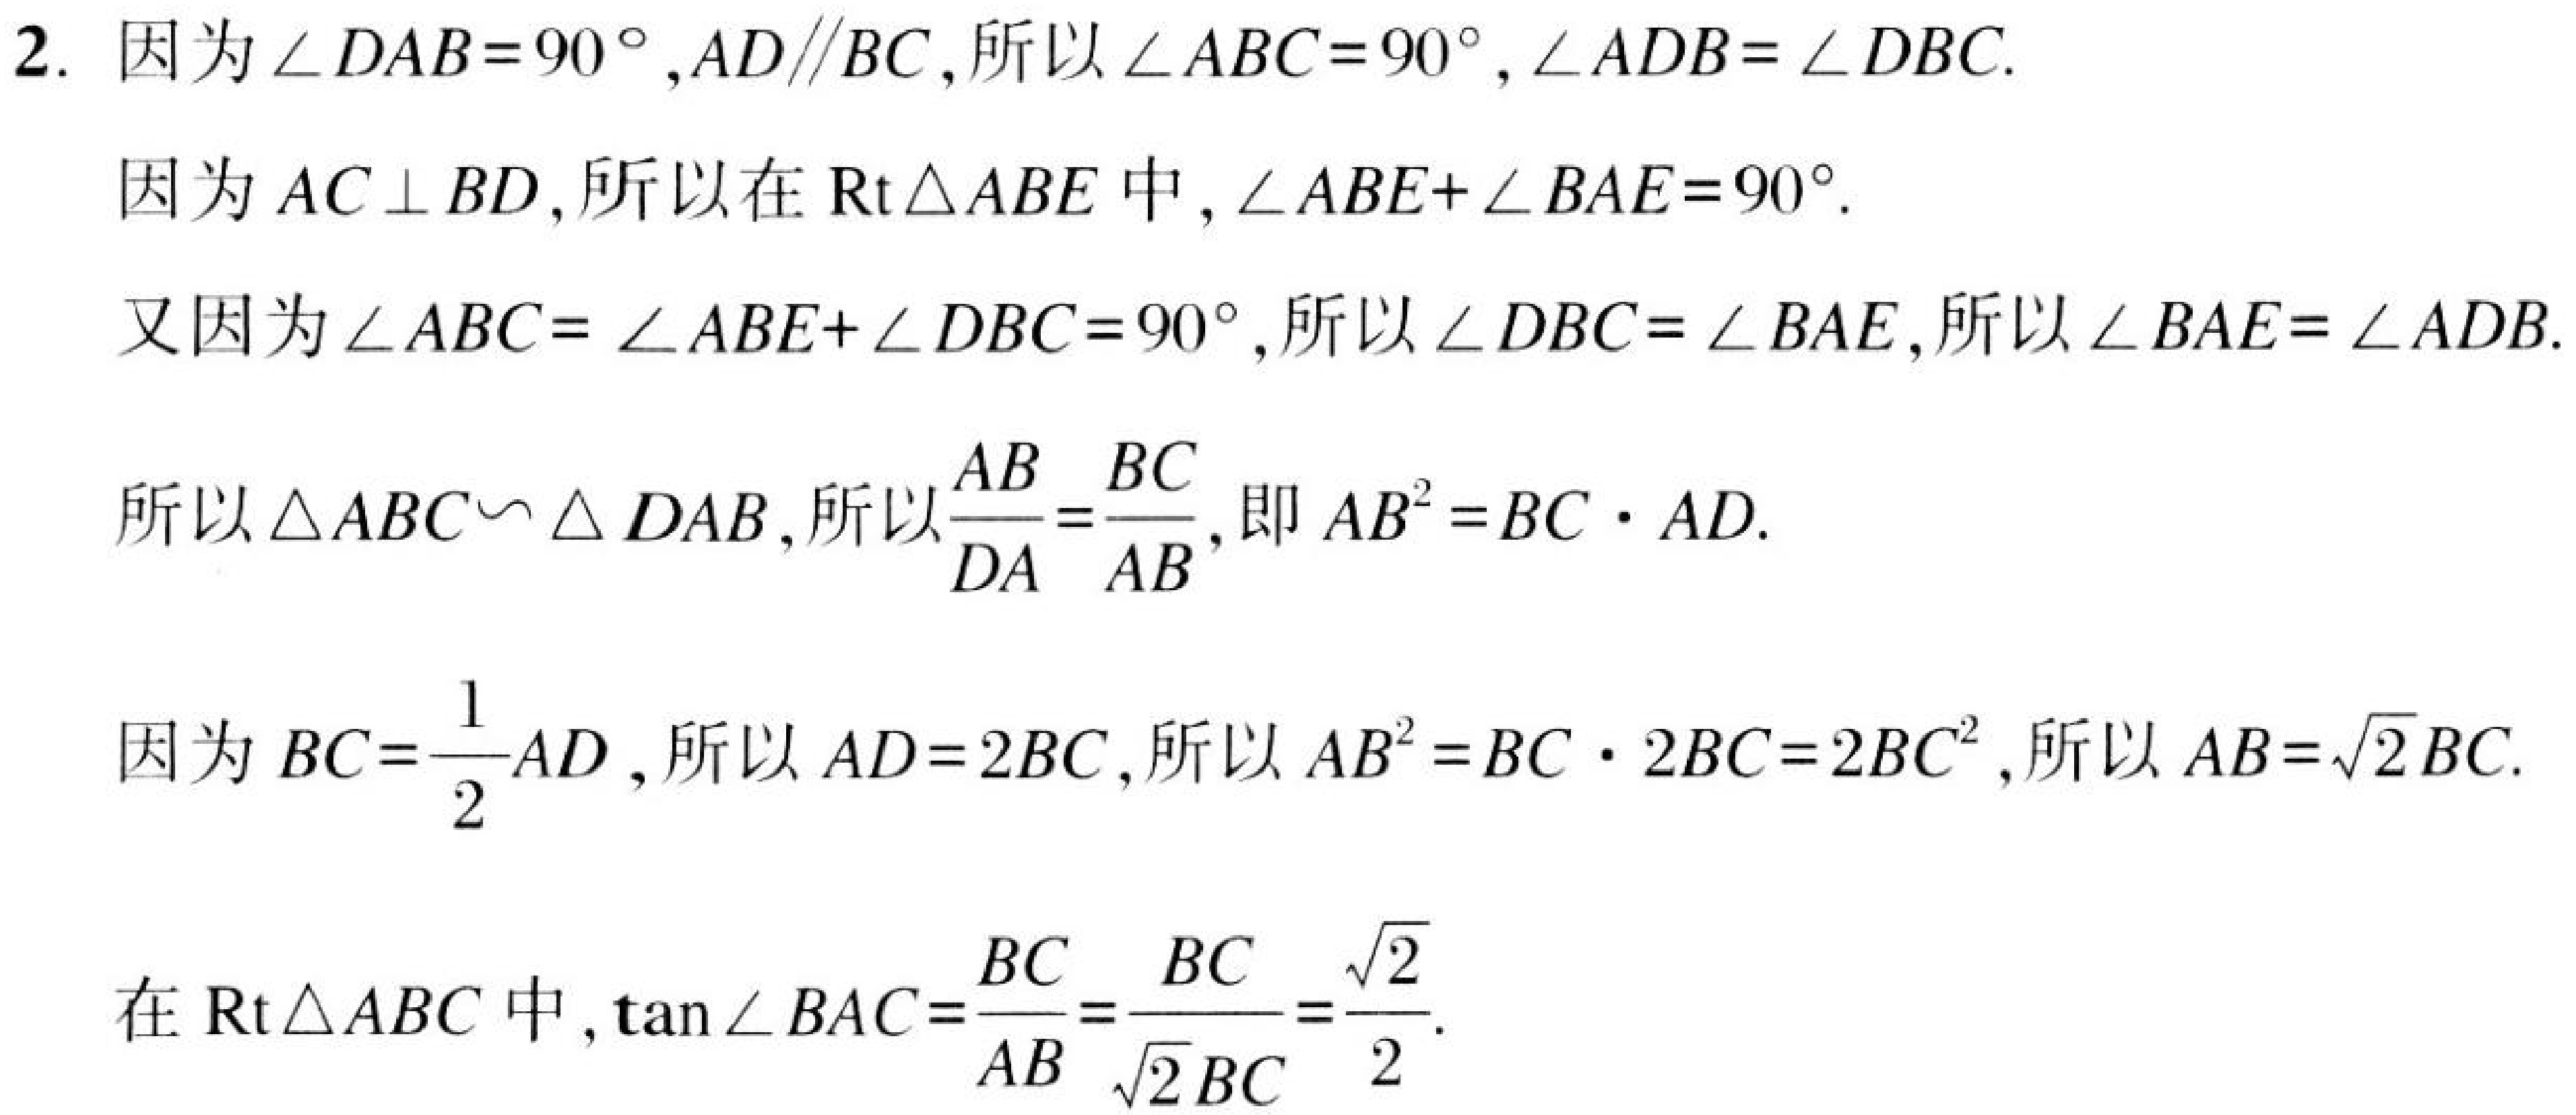
2. 因为\(\angle DAB = 90^{\circ},AD\parallel BC\)，所以\(\angle ABC = 90^{\circ},\angle ADB=\angle DBC\).
因为\(AC\perp BD\)，所以在\(\text{Rt}\triangle ABE\)中，\(\angle ABE+\angle BAE = 90^{\circ}\).
又因为\(\angle ABC=\angle ABE+\angle DBC = 90^{\circ}\)，所以\(\angle DBC=\angle BAE\)，所以\(\angle BAE=\angle ADB\).
所以\(\triangle ABC\backsim\triangle DAB\)，所以\(\frac{AB}{DA}=\frac{BC}{AB}\)，即\(AB^{2}=BC\cdot AD\).
因为\(BC = \frac{1}{2}AD\)，所以\(AD = 2BC\)，所以\(AB^{2}=BC\cdot 2BC = 2BC^{2}\)，所以\(AB=\sqrt{2}BC\).
在\(\text{Rt}\triangle ABC\)中，\(\tan\angle BAC=\frac{BC}{AB}=\frac{BC}{\sqrt{2}BC}=\frac{\sqrt{2}}{2}\).